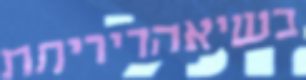
בשיאהריריתת